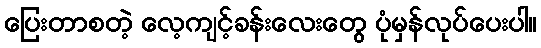
ပြေးတာစတဲ့ လေ့ကျင့်ခန်းလေးတွေ ပုံမှန်လုပ်ပေးပါ။